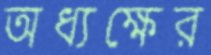
অধ্যক্ষের